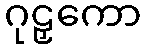
ဂုဠှကော